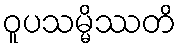
ဝူပသမ္မိဿတိ